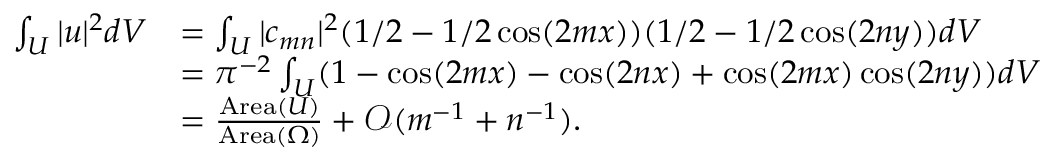
\begin{array} { r l } { \int _ { U } | u | ^ { 2 } d V } & { = \int _ { U } | c _ { m n } | ^ { 2 } ( 1 / 2 - 1 / 2 \cos ( 2 m x ) ) ( 1 / 2 - 1 / 2 \cos ( 2 n y ) ) d V } \\ & { = \pi ^ { - 2 } \int _ { U } ( 1 - \cos ( 2 m x ) - \cos ( 2 n x ) + \cos ( 2 m x ) \cos ( 2 n y ) ) d V } \\ & { = \frac { \mathrm { A r e a } ( U ) } { \mathrm { A r e a } ( \Omega ) } + { \mathcal O } ( m ^ { - 1 } + n ^ { - 1 } ) . } \end{array}